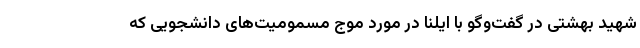
شهید بهشتی در گفت‌وگو با ایلنا در مورد موج مسمومیت‌های دانشجویی که